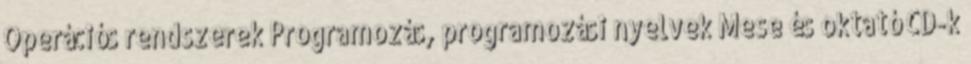
Operációs rendszerek Programozás, programozási nyelvek Mese és oktató CD-k